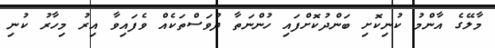
މާލޭގެ އާންމު ކުނިކޮށި ބަންދުކޮށްފައި ހުންނަތާ ދުވަސްތަކެއް ވެފައިވާ އިރު މިހާރު ކުނި